Vaccination in Burma 1920-1933 - 1920-1933
Year: 1920
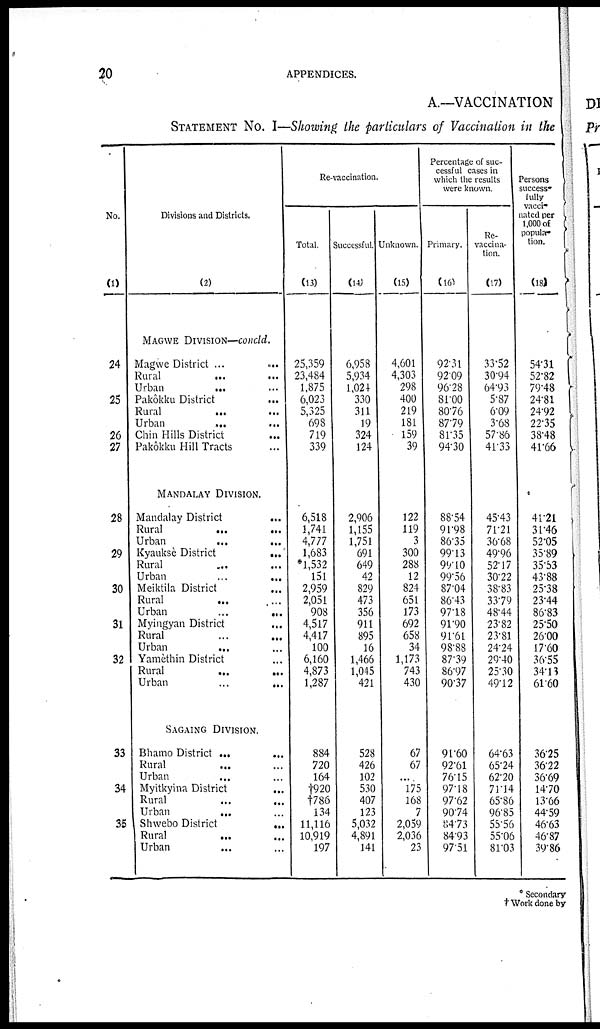
20
APPENDICES.
A.—VACCINATION
STATEMENT No. I—Showing the particulars of Vaccination in the
No.
(1)
24
25
26
27
28
29
30
31
32
33
34
35
Divisions and Districts.
(2)
MAGWE DIVISION—concld.
Magwe District ...
...
Rural ... ...
Urban
... ...
Pakôkku District ...
Rural ... ...
Urban
... ...
Chin Hills District ...
Pakôkku Hill Tracts ...
MANDALAY DIVISION.
Mandalay District
...
Rural ... ...
Urban
... ...
Kyauksè District
...
Rural ... ...
Urban ... ...
Meiktila District ...
Rural ... ...
Urban
...
...
Myingyan District ...
Rural
...
...
Urban ... ...
Yamèthin District ...
Rural
...
...
Urban
...
...
SAGAING DIVISION.
Bhamo District ...
...
Rural ... ...
Urban ... ...
Myitkyina District
...
Rural
...
...
Urban ... ...
Shwebo District
...
Rural
...
...
Urban ... ...
Re-vaccination.
Total.
(13)
25,359
23,484
1,875
6,023
5,325
698
719
339
6,518
1,741
4,777
1,683
*1,532
151
2,959
2,051
908
4,517
4,417
100
6,160
4,873
1,287
884
720
164
†920
†786
134
11,116
10,919
197
Successful.
(14)
6,958
5,934
1,024
330
311
19
324
124
2,906
1,155
1,751
691
649
42
829
473
356
911
895
16
1,466
1,045
421
528
426
102
530
407
123
5,032
4,891
141
Unknown.
(15)
4,601
4,303
298
400
219
181
159
39
122
119
3
300
288
12
824
651
173
692
658
34
1,173
743
430
67
67
...
175
168
7
2,059
2,036
23
Percentage of suc-
cessful cases in
which the results
were known.
Primary.
(16)
92.31
92.09
96.28
81.00
80.76
87.79
81.35
94.30
88.54
91.98
86.35
99.13
99.10
99.56
87.04
86.43
97.18
91.90
91.61
98.88
87.39
86.97
90.37
91.60
92.61
76.15
97.18
97.62
90.74
84.73
84.93
97.51
Re¬
vaccina-
tion.
(17)
33.52
30.94
64.93
5.87
6.09
3.68
57.86
41.33
45.43
71.21
36.68
49.96
52.17
30.22
38.83
33.79
48.44
23.82
23.81
24.24
29.40
25.30
49.12
64.63
65.24
62.20
71.14
65.86
96.85
55.56
55.06
81.03
Persons
success¬
fully
vacci-
nated per
1,000 of
popula¬
tion.
(18)
54.31
52.82
79.48
24.81
24.92
2235
38.48
41.66
41.21
31.46
52.05
35.89
35.53
43.88
25.38
23.44
86.83
25.50
26.00
17.60
36.55
34.13
61.60
36.25
36.22
36.69
14.70
13.66
44.59
46.63
46.87
39.86
*Secondary
† Work done by